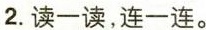
2.读一读，连一连。